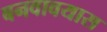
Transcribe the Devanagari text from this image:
बनवावयास